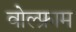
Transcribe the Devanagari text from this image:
वोल्फ्राम